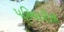
પરિચારીકા